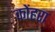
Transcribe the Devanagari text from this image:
कोंहरा